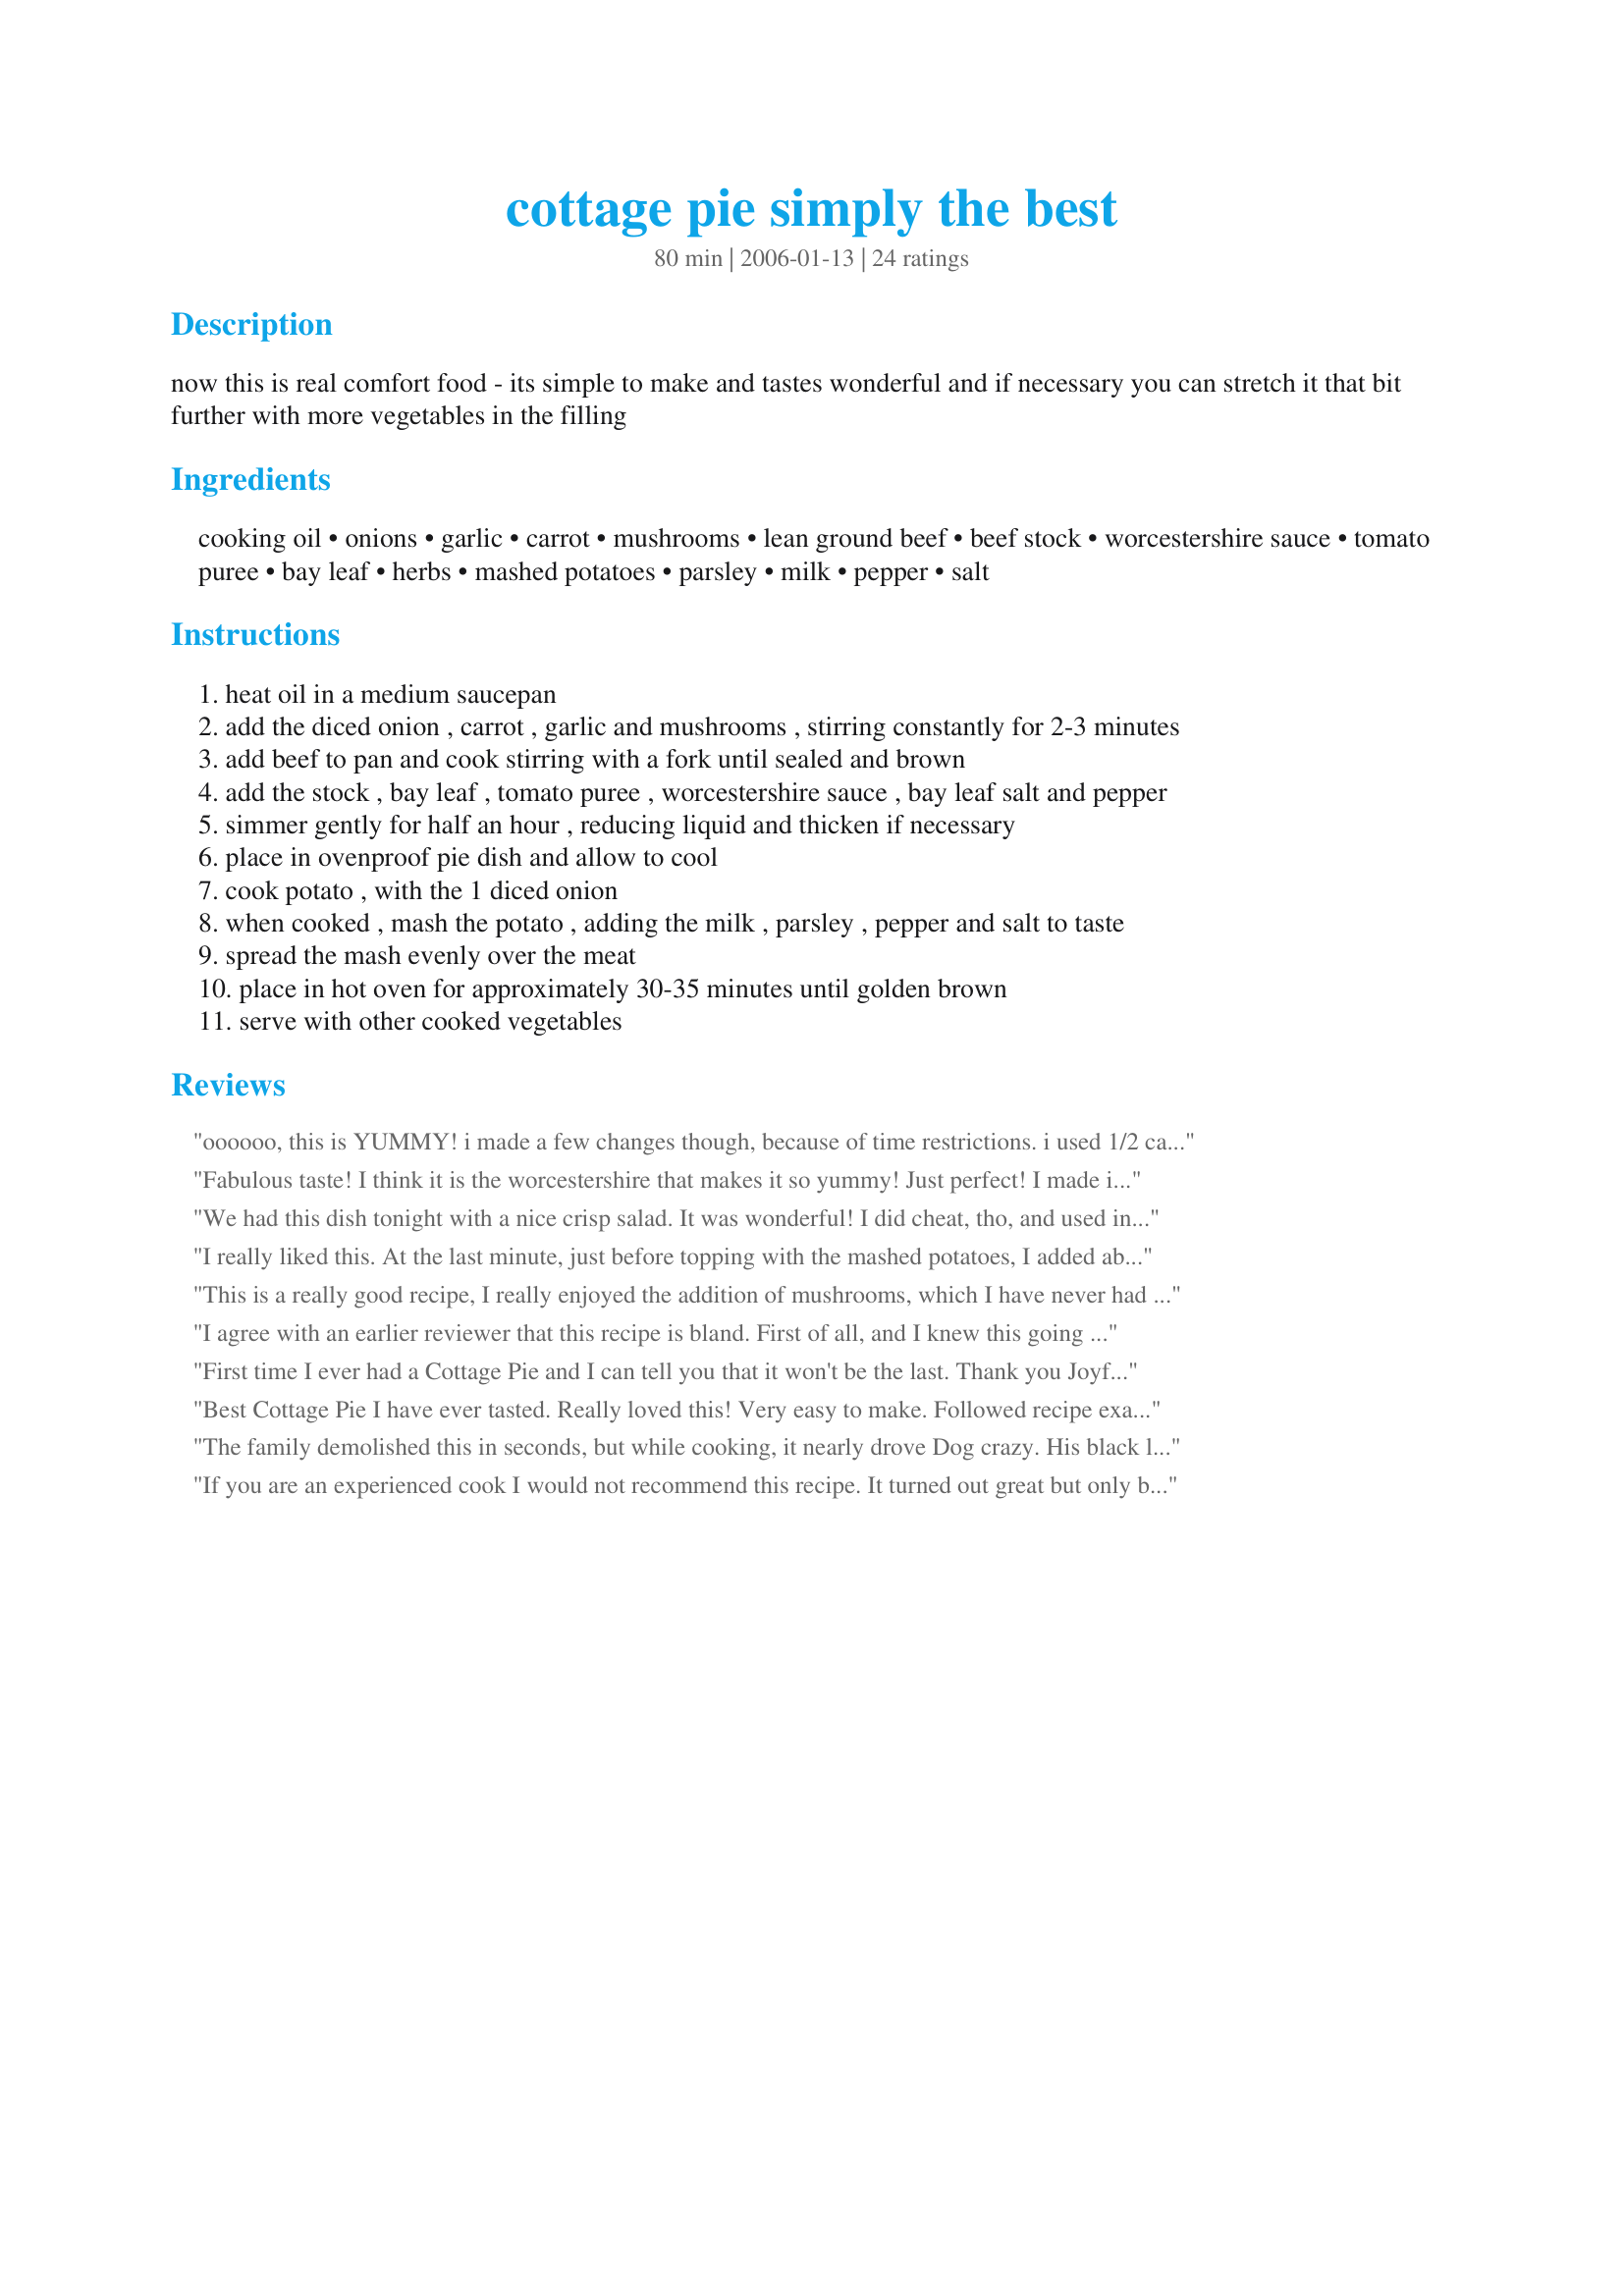
cottage pie simply the best
Preparation time: 80 minutes

now this is real comfort food - its simple to make and tastes wonderful and if necessary you can stretch it that bit further with more vegetables in the filling

Ingredients:
cooking oil, onions, garlic, carrot, mushrooms, lean ground beef, beef stock, worcestershire sauce, tomato puree, bay leaf, herbs, mashed potatoes, parsley, milk, pepper, salt

Steps:
heat oil in a medium saucepan
add the diced onion , carrot , garlic and mushrooms , stirring constantly for 2-3 minutes
add beef to pan and cook stirring with a fork until sealed and brown
add the stock , bay leaf , tomato puree , worcestershire sauce , bay leaf salt and pepper
simmer gently for half an hour , reducing liquid and thicken if necessary
place in ovenproof pie dish and allow to cool
cook potato , with the 1 diced onion
when cooked , mash the potato , adding the milk , parsley , pepper and salt to taste
spread the mash evenly over the meat
place in hot oven for approximately 30-35 minutes until golden brown
serve with other cooked vegetables

Reviews:
oooooo, this is YUMMY! i made a few changes though, because of time restrictions. i used 1/2 can of beef broth, 1/4 cup of red wine (this REALLY brought out the flavor...i highly recommend it and i don't like cooking with wine) and a packet of brown gravy mix and simmered that all together after the beef browning step. i only let it simmer about 10-15 minutes, but because i added the gravy mix, it thickened up nicely. then, just before putting it in the oven, i stirred in a can of peas. topped it with garlic mashed potatoes and i cooked this at 350 degrees for about 45 minutes and it turned out FABULOUS. really wonderful flavor. i've already been asked by my man to make it again!
Fabulous taste! I think it is the worcestershire that makes it so yummy! Just perfect! I made it per the recipe, except I used one of the new Idahoan instant mashed potatoes - I think it was Red Potato parmesan-herb. Just divine! I'm going to make one for my neighbor tonite and I'll use the Yukon Gold Idahoan for them.
We had this dish tonight with a nice crisp salad. It was wonderful! I did cheat, tho, and used instant potatoes-- also added a little bell pepper and red wine to the meat sauce. Thanks for sharing.
I really liked this. At the last minute, just before topping with the mashed potatoes, I added about 3/4 Cup of frozen peas to the meat mixture. Didn&#039;t bother to thaw them, figured the warm mixture and the baking would work to heat them just fine (it did). I added some grated cheese to the top of the mashed potatoes and that gave it a very good extra flavor. No fresh mushrooms in the house so I used a small can of sliced mushrooms. I added extra Worcestershire Sauce (1 or 2 tsp. I suppose). Baking in a 350 deg. F oven did not brown it much so I turned it up to 375 for the last ten minutes. Next time, I&#039;ll bake it at 400&deg; F for the 25 or 30 minutes cooking time. I liked this from the first bite and I liked it better and better as I continued to eat it. I&#039;ll be making this often during the upcoming cold weather. I&#039;ve no basis for comparison since I&#039;ve never had Cottage Pie or Shepherd&#039;s Pie before, but I really like this! Thanks for posting this.
This is a really good recipe, I really enjoyed the addition of mushrooms, which I have never had in a cottage pie before. The kids ate it all up which of coarse made me really happy. This will be a regular on our menu. Thanks for posting.
I agree with an earlier reviewer that this recipe is bland. First of all, and I knew this going in, cooking the meat &amp; vegetable mixture for an hour, then baking it, completely cooked out the flavors, even though I added more seasoning than called for. I even made the tomato paste from my own delicious greenhouse tomatoes. If I make this again, I will reduce the stock separately of the meat, which I will add to the reduced stock and vegetables at the end. I made my own garlic/chive mashed potatoes, which have nothing to do with this recipe, and they are the best part.
First time I ever had a Cottage Pie and I can tell you that it won't be the last. Thank you JoyfulCook for sharing this delicious recipe. It was easy to make with excellent results. The flavor of the meat is exceptional, we really enjoyed it. I used a combination of leeks and sweet onion with the meat and green onions in the mashed potatoes. Loved the flavor that the bay leaf adds to the dish. I will be making this again often, into my keeper box, this goes. :)
Best Cottage Pie I have ever tasted. Really loved this! Very easy to make. Followed recipe exactly except added grated cheddar cheese to top of potatoes which gave it a lovely finish. Will definitely make this again.
The family demolished this in seconds, but while cooking, it nearly drove Dog crazy. His black lips parted showing me his white canines in his peculiar doggy-smile kind of way. He repeatedly ran one side of his head along my leg. Dog's at my mercy. Make no mistake. He relies on my grocery list. (Uh oh, better go check my charge card.) Made for A-NZ Reunion Recipe Tag.
If you are an experienced cook I would not recommend this recipe. It turned out great but only because I had to add a ton of other ingredients to it to get rid of the blandness. Also a bit confusing on how much onion goes where. First it says to cook the diced onion then later on in the recipe it says to use one of the onion and cook with the potatoes. What is the point of that? The boiling water dilutes the onion flavor. I also added an egg to the potato to give it the brown crust outside. This is a good BASE recipe but as I said if you make it exactly as written it will be very bland. It is rated high and I couldn't understand why. After I made it I went back and read the reviews. My ultimate pet peeve had taken place, If you are not following the recipe exactly don't rate it! That means you are rating your recipe. People are saying it was so wonderful "I added this and this and this and changed this" etc. Well, then you just changed the whole recipe, lol.
JoyfulCook - this was wonderful. I made it a few days ago and stuck to your recipe. Even the leftovers were as good as the first night - if not better. DH says to keep it handy - particularly as winter will be heading our way.
I made this for the first time for my partner and i and we loved it it will be great for the winter, i added grated cheese and sliced tomato as an extra finished touch but overall a yummy recipe !!
Oh Joy, this was excellent! Yummy is right! Peter and I both went back for seconds! I used some leftover mash that I had in the freezer, so I let that thaw out and added it to a saucepan with melted butter and milk...I didn't even bother with the onion in the mash. I also used one very large red onion and had to used dried mushrooms as I was out of fresh. I baked it at 190C/375F for 30 minutes...yum!
My family loved this! I love it when everyone is happy! I added a little red wine when it was simmering. I also added 1 more tablespoon of tomato puree. We will definitely make this a lot. Thanks!
Simply luscious! I can't wait to try it as written, but had leftover turkey and mashed potatoes so made a few changes. I used turkey broth, carrots, onions, celery and peas. I made the broth with a bay leaf, and I did thicken it with flour and lots of turkey chunks. Also, I added an egg to the leftover mashed potatoes, my mom always did that, so I do too. Thanks, Joy for letting me play with your recipe! Made for Make my Recipe Reunion, 2012
Yum yum yum yum yum!!! I love it (can you guess?!). I ate two huge portions. I have to confess to having used Auntie Bessie's frozen mashed potato, but the meat was exactly as per recipe. Wonderful. will make again :)
Very tasty recipe. I added extra parsley and some shredded cheddar cheese to the potatoes. I also used instant potatoes because I was short on time (fortunately no one seemed to notice). Because I didn't have fresh carrots on hand, I stirred in a can of sliced carrots just before placing into the baking dish. Also, after adding the stock I cooked on medium heat stirring constantly in order to reduce the liquid quickly rather than simmer over a low heat. It thickened nicely on its own. Everyone loved it and DH has asked that I make it again.
We wer fortunate enough to be served this delicious cottage pie at Joy's recently when we visited her and her husband at their home. I loved this. It had just the right combination of flavours. I know this is something my Todd will enjoy me making often. Who says simple can't be fabulous! This surely is. Thanks Joy!
very good and very nice with all of the vegetables!!!!! I added about a can of drained peas as well.
Omg this is just brilliant! I'm a huge fan of cottage pie anyway, but this was just the best one ever. Made this for my boyfriend last night and even though we both weren't very hungry, we ended up eating this until we were almost sick! It's that good! I added a little tabasco sauce, garlic powder, peas, beans and other left-over vegetables as well - such a great way to use them up. We also used marisk's Mashed Potato instead and added some cheddar cheese on top. This will definitely become a regular in our household.
great main course thanks for posting dee
Yummy. I've been testing cottage pie recipes. I really like this one because of the mushrooms. I put a can of chopped tomatoes in place of the tomato puree. I did not use oil, but browned the meat, drain and discard grease, put meat aside and saute the vegys in the same pan, the mushrooms release enough fluid so the vegys were not burnt. I added a tablespoon of flour to thicken the gravy. Thank you.
We loved the flavor. I only used 1/2 of an onion and I used a bag of frozen veggies to replace the carrots and mushrooms. Also used 2 lbs. beef and doubled the seasonings. Next time I might try to save some prep time by using packaged mashed potatoes and by letting it bake (covered) in the oven longer and eliminating the stove-top cook time for the meat mixture - I'm not sure that it will turn out as good that way, but I'll at least try it.
We loved this! Went back for seconds and even have enough left over for a hearty lunch! What a great comfort food! Will for sure make again! Thanks for a great recipe!
